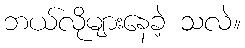
ဘယ်လိုများနေခဲ့ သလဲ။